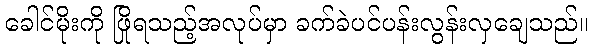
ခေါင်မိုးကို ဖြိုရသည့်အလုပ်မှာ ခက်ခဲပင်ပန်းလွန်းလှချေသည်။